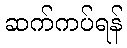
ဆက်ကပ်ရန်